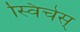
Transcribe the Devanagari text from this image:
स्विचेस्